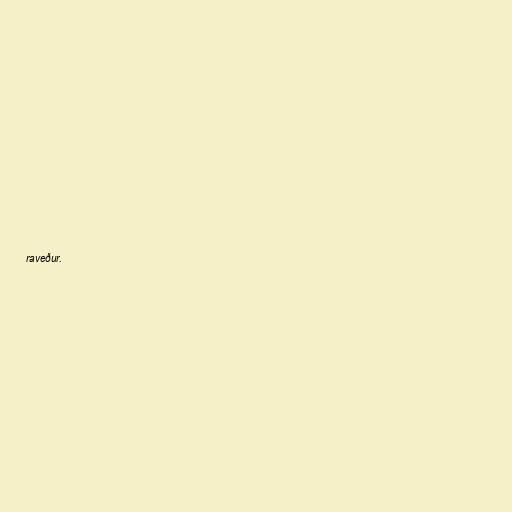
raveður.